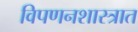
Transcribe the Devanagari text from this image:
विपणनशास्त्रात